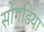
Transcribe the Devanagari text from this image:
सोगडिया